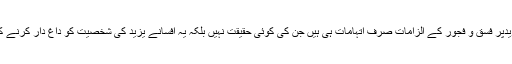
وہ اس نتیجہ پر پہنچے ہیں کہ یزیدپر فسق و فجور کے الزامات صرف اتہامات ہی ہیں جن کی کوئی حقیقت نہیں بلکہ یہ افسانے یزیدؒ کی شخصیت کو داغ دار کرنے کے لیئے سبائیوں نے گھڑے ہیں۔